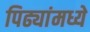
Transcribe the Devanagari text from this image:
पिढ्यांमध्ये